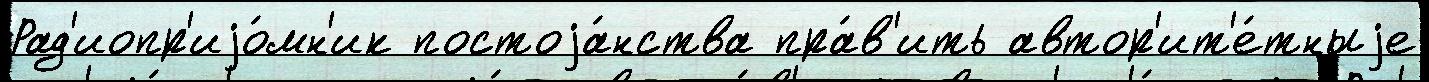
Рад'иопр'иjо́мн'ик постоjа́нства пра́в'ить автор'ит'е́тныjе